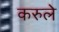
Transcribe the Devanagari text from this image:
करुले